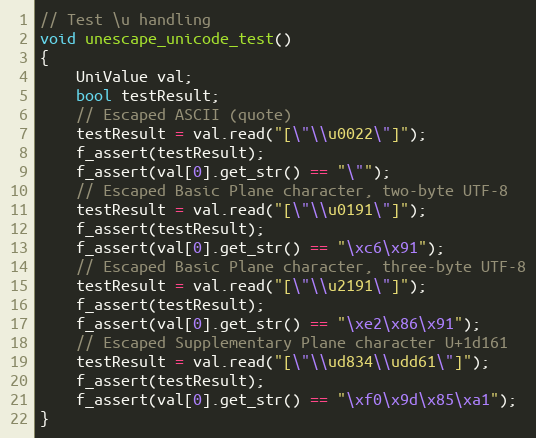
Language: C++
// Test \u handling
void unescape_unicode_test()
{
    UniValue val;
    bool testResult;
    // Escaped ASCII (quote)
    testResult = val.read("[\"\\u0022\"]");
    f_assert(testResult);
    f_assert(val[0].get_str() == "\"");
    // Escaped Basic Plane character, two-byte UTF-8
    testResult = val.read("[\"\\u0191\"]");
    f_assert(testResult);
    f_assert(val[0].get_str() == "\xc6\x91");
    // Escaped Basic Plane character, three-byte UTF-8
    testResult = val.read("[\"\\u2191\"]");
    f_assert(testResult);
    f_assert(val[0].get_str() == "\xe2\x86\x91");
    // Escaped Supplementary Plane character U+1d161
    testResult = val.read("[\"\\ud834\\udd61\"]");
    f_assert(testResult);
    f_assert(val[0].get_str() == "\xf0\x9d\x85\xa1");
}